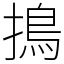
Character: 㨶